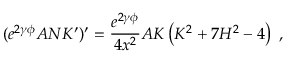
( e ^ { 2 \gamma \phi } A N K ^ { \prime } ) ^ { \prime } = \frac { e ^ { 2 \gamma \phi } } { 4 x ^ { 2 } } A K \left( K ^ { 2 } + 7 H ^ { 2 } - 4 \right) \ ,